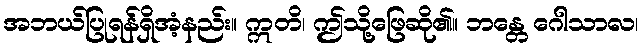
အဘယ်ပြုရန်ရှိအံ့နည်း။ ဣတိ၊ ဤသို့ဖြေဆို၏။ ဘန္တေ ဂေါသာလ၊